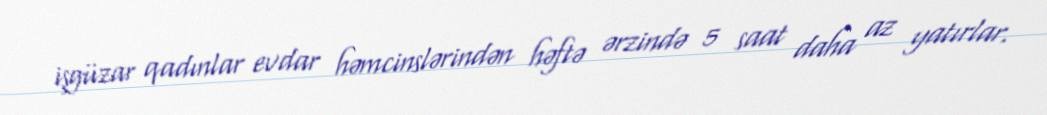
işgüzar qadınlar evdar həmcinslərindən həftə ərzində 5 saat daha az yatırlar.